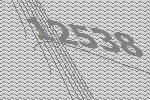
12538